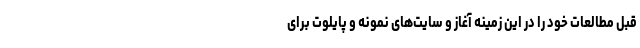
قبل مطالعات خود را در این زمینه آغاز و سایت‌های نمونه و پایلوت برای